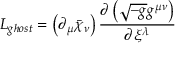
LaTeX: { \cal L } _ { g h o s t } = \left( \partial _ { \mu } \bar { \chi } _ { \nu } \right) \frac { \partial \left( \sqrt { - g } g ^ { \mu \nu } \right) } { \partial \xi ^ { \lambda } }